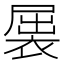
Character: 𲀷